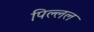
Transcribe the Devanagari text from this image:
पिल्लल